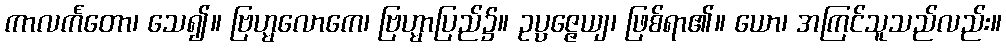
ကာလင်္ကတော၊ သေ၍။ ဗြဟ္မလောကေ၊ ဗြဟ္မာပြည်၌။ ဥပ္ပဇ္ဇေယျ၊ ဖြစ်ရာ၏။ ယော၊ အကြင်သူသည်လည်း။